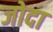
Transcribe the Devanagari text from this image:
जोदा